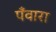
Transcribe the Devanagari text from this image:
पँवारा